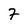
Character: 7